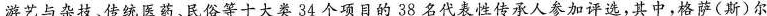
游艺与杂技、传统医药、民俗等十大类34个项目的38名代表性传承人参加评选，其中，格萨(斯)尔